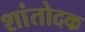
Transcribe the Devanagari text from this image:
शांतोदक